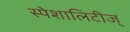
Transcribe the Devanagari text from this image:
स्पेशालिटीज्